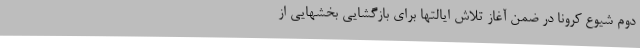
دوم شیوع کرونا در ضمن آغاز تلاش ایالتها برای بازگشایی بخشهایی از